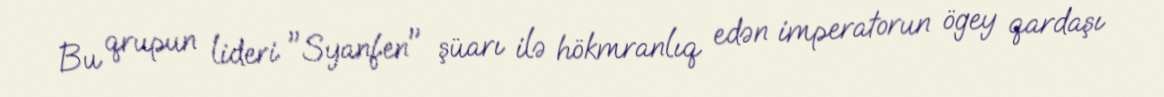
Bu qrupun lideri "Syanfen" şüarı ilə hökmranlıq edən imperatorun ögey qardaşı